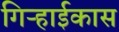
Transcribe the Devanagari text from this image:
गिऱ्हाईकास